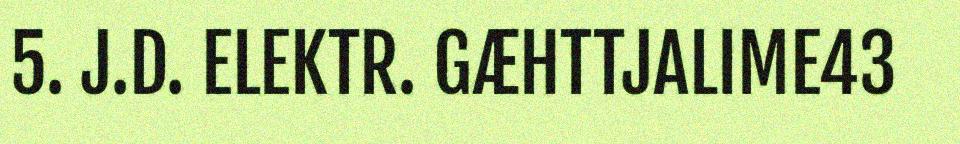
5. J.D. ELEKTR. GÆHTTJALIME43